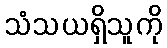
သံသယရှိသူကို